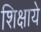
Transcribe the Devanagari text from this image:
शिक्षाये